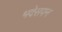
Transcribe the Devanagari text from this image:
भदेसपन